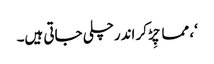
‘، مما چِڑ کر اندرچلی جاتی ہیں۔